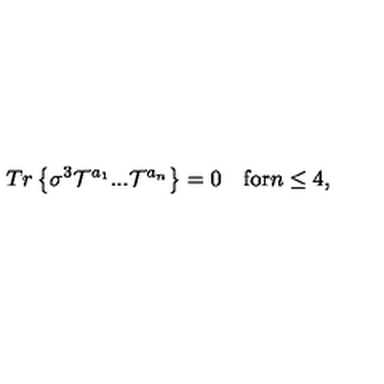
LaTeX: T r \left\{ \sigma ^ { 3 } { \cal T } ^ { a _ { 1 } } . . . { \cal T } ^ { a _ { n } } \right\} = 0 \quad \mathrm { f o r } n \leq 4 ,